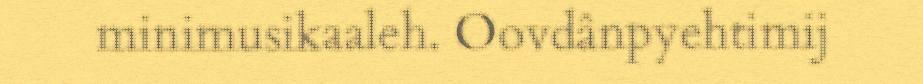
minimusikaaleh. Oovdânpyehtimij